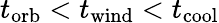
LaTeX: t_{\mathrm{orb}}<t_{\mathrm{wind}}<t_{\mathrm{cool}}